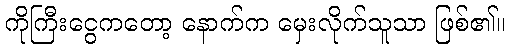
ကိုကြီးငွေကတော့ နောက်က မှေးလိုက်သူသာ ဖြစ်၏။